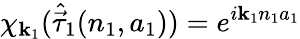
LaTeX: \chi_{\mathbf{k}_{1}}({\hat{{\vec{{\tau}}}}}_{1}(n_{1},a_{1}))=e^{i\mathbf{k}_{1}n_{1}a_{1}}